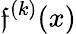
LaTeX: \mathfrak{f}^{(k)}(x)